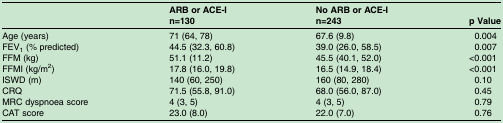
<table><thead><tr><td></td><td><b>ARB or ACE-In=130</b></td><td><b>No ARB or ACE-In=243</b></td><td><b>p Value</b></td></tr></thead><tbody><tr><td>Age (years)</td><td>71 (64, 78)</td><td>67.6 (9.8)</td><td>0.004</td></tr><tr><td>FEV<sub>1</sub> (% predicted)</td><td>44.5 (32.3, 60.8)</td><td>39.0 (26.0, 58.5)</td><td>0.007</td></tr><tr><td>FFM (kg)</td><td>51.1 (11.2)</td><td>45.5 (40.1, 52.0)</td><td>&lt;0.001</td></tr><tr><td>FFMI (kg/m<sup>2</sup>)</td><td>17.8 (16.0, 19.8)</td><td>16.5 (14.9, 18.4)</td><td>&lt;0.001</td></tr><tr><td>ISWD (m)</td><td>140 (60, 250)</td><td>160 (80, 280)</td><td>0.10</td></tr><tr><td>CRQ</td><td>71.5 (55.8, 91.0)</td><td>68.0 (56.0, 87.0)</td><td>0.45</td></tr><tr><td>MRC dyspnoea score</td><td>4 (3, 5)</td><td>4 (3, 5)</td><td>0.79</td></tr><tr><td>CAT score</td><td>23.0 (8.0)</td><td>22.0 (7.0)</td><td>0.76</td></tr></tbody></table>